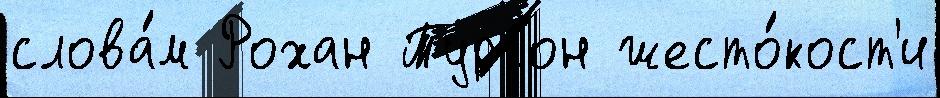
слова́м Рохан Тургон жесто́кост'и